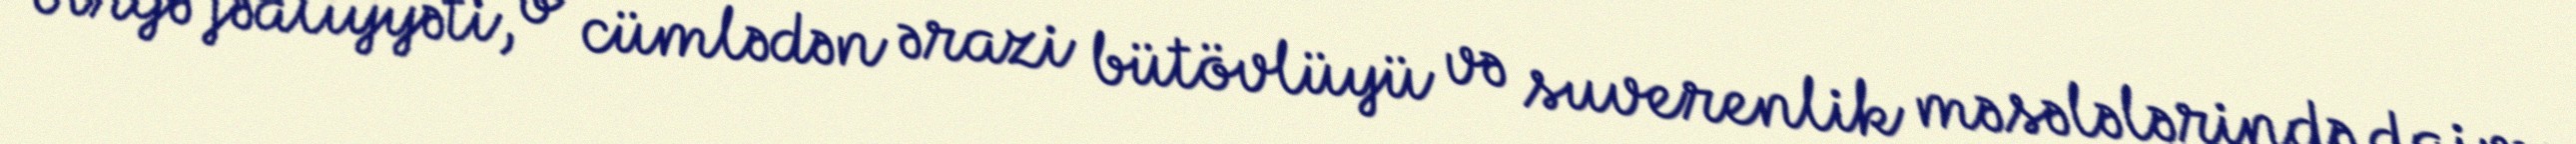
birgə fəaliyyəti, o cümlədən ərazi bütövlüyü və suverenlik məsələlərində daim